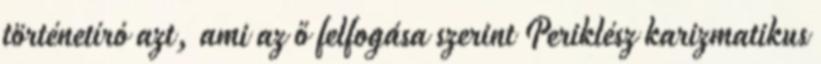
történetíró azt, ami az ő felfogása szerint Periklész karizmatikus